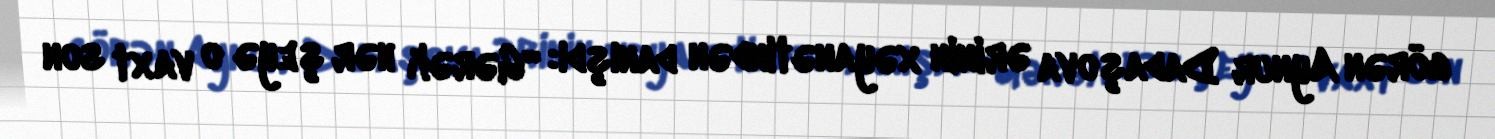
görən Aynur Dadaşova ərinin xəyanətindən danışdı: “Gərək hər şeyə o vaxt son